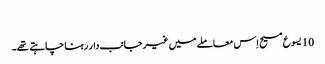
‏
10 یسوع مسیح اِس معاملے میں غیرجانب‌دار رہنا چاہتے تھے۔